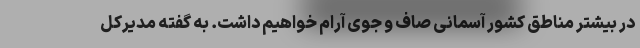
در بیشتر مناطق کشور آسمانی صاف و جوی آرام خواهیم داشت. به گفته مدیرکل